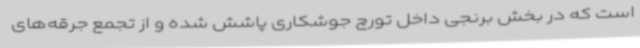
است که در بخش برنجی داخل تورچ جوشکاری پاشش شده و از تجمع جرقه‌های